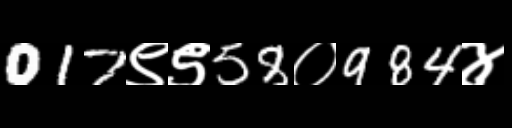
Text: 017९९58०984४